Report on horse surra - Volume I
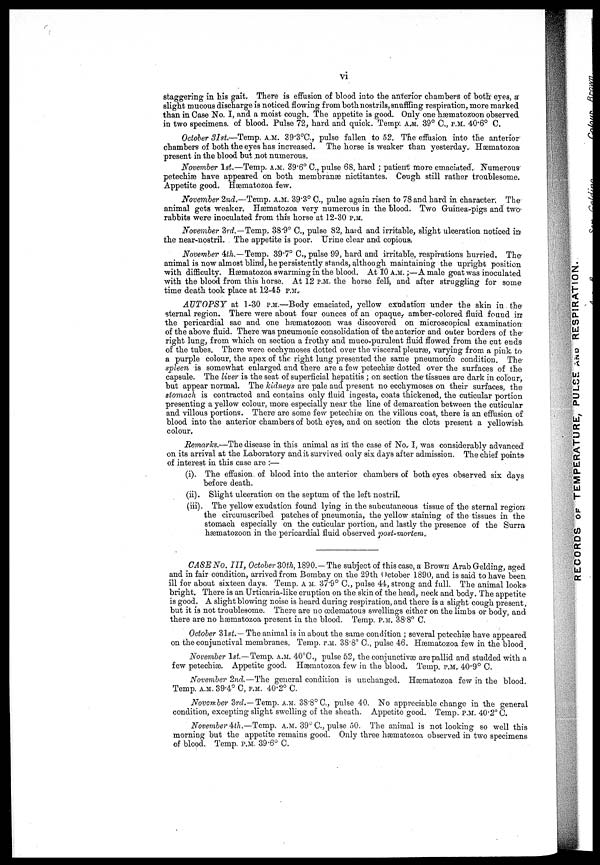
vi
staggering in his gait, There is effusion of blood into the anterior chambers of both eyes, a
slight mucous discharge is noticed flowing from both nostrils, snuffling respiration, more marked
than in Case No. I, and a moist cough. The appetite is good. Only one hæmatozoon observed
in two specimens, of blood. Pulse 72, hard and quick. Temp. A.M. 39° C., P.M. 40.6° C.
October 31st,—Temp. A.M. 39.3°C., pulse fallen to 52. The effusion into the anterior
chambers of both the eyes has increased. The horse is weaker than yesterday. Hæmatozoa
present in the blood but not numerous.
November 1st.—Temp. A.M. 39.6° C., pulse- 68, hard ; patient more emaciated. Numerous
petechiæ have appeared on both membranæ nictitantes. Cough still rather troublesome.
Appetite good. Hæmatozoa few.
November 2nd.—Temp. A.M. 39.3° C., pulse again risen to 78 and hard in character. The
animal gets weaker. Hæmatozoa very numerous in the Mood. Two Guinea-pigs and two
rabbits were inoculated from this horse at 12-30 P.M.
November 3rd.—Temp. 38.9° C., pulse 82, hard and irritable, slight ulceration noticed in.
the near-nostril. The appetite is poor. Urine clear and copious.
November 4th.—Temp. 39.7° C., pulse 99, hard and irritable, respirations hurried. The
animal is now almost blind, he persistently stands, although maintaining the upright position
with difficulty. Hæmatozoa swarming in the blood. At 10 A.M. ;—A male goat was inoculated
with the blood from this horse. At 12 P.M. the horse fell, and after struggling for some
time death took place at 12-45 P.M.
AUTOPSY at 1-30 P.M.—Body emaciated, yellow exudation under the skin in the
sternal region. There were about four ounces of an opaque, amber-colored fluid found in
the pericardial sac and one hæmatozoon was discovered on microscopical examination
of the above fluid. There was pneumonic consolidation of the anterior and outer borders of the
right lung, from which on section a frothy and muco-purulent fluid flowed from the cut ends
of the tubes. There were ecchymoses dotted over the visceral pleuræ, varying from a pink to
a purple colour, the apex of the right lung presented the same pneumonic condition. The
spleen is somewhat enlarged and there are a few petechiæ dotted over the surfaces of the
capsule. The liver is the seat of superficial hepatitis ; on section the tissues are dark in colour,
but appear normal. The kidneys are pale and present no ecchymoses on their surfaces, the
stomach is contracted and contains only fluid ingesta, coats thickened, the cuticular portion
presenting a yellow colour, more especially near the line of demarcation between the cuticular
and villous portions. There are some few petechiæ on the villous coat, there is an effusion of
blood into the anterior chambers of both eyes, and on section the clots present a yellowish
colour.
Remarks.—The disease in this animal as in the case of No. I, was considerably advanced
on its arrival at the Laboratory and it survived only six days after admission. The chief points
of interest in this case are :—
(i). The effusion of blood into the anterior chambers of both eyes observed six days
before death.
(ii). Slight ulceration on the septum of the left nostril.
(iii). The yellow exudation found lying in the subcutaneous tissue of the sternal region
the circumscribed patches of pneumonia, the yellow staining of the tissues in the
stomach especially on the cuticular portion, and lastly the presence of the Surra
hæmatozoon in the pericardial fluid observed post-mortem.
CASE No. III, October 30th, 1890.—The subject of this case, a Brown Arab Gelding, aged
and in fair condition, arrived from Bombay on the 29th October 1890, and is said to have been
ill for about sixteen days. Temp. A.M. 37.9° C., pulse 44, strong and full. The animal looks
bright. There is an Urticaria-like eruption on the skin of the head, neck and body. The appetite
is good. A slight blowing noise is heard during respiration, and there is a slight cough present,
but it is not troublesome. There are no œdematous swellings either on the limbs or body, and
there are no hæmatozoa present in the blood. Temp. P.M. 38.8° C.
October 3lst.— The animal is in about the same condition ; several petechias have appeared
on the conjunctival membranes. Temp. P.M. 38.8° C., pulse 46. Hæmatozoa few in the blood
November 1st.— Temp. A.M. 40°C., pulse 52, the conjunctivæ are pallid and studded with a
few petechias. Appetite good. Hæmatozoa few in the blood. Temp. P.M. 40.9° C.
November 2nd.—The general condition is unchanged. Hæmatozoa few in the blood.
Temp. A.M. 39.4° C, P.M. 40.2° C.
November 3rd.— Temp. A.M. 38.8°C., pulse 40. No appreciable change in the general
condition, excepting slight swelling of the sheath. Appetite good. Temp. P.M. 40.2° C.
November 4th.—Temp. A.M. 39° C., pulse 50. The animal is not looking so well this
morning but the appetite remains good. Only three hæmatozoa observed in two specimens
of blood. Temp. P.M. 39.6° C.